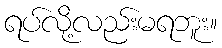
ရပ်လို့လည်းမရဘူး။